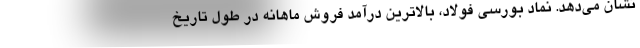
نشان می‌دهد. نماد بورسی فولاد، بالاترین درآمد فروش ماهانه در طول تاریخ